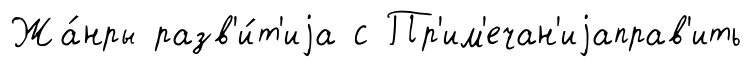
Жа́нры разв'и́т'иjа с Пр'им'ечан'иjаправ'ить